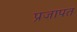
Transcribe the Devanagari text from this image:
प्रजापत